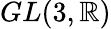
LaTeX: GL(3,\mathbb R)